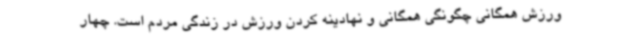
ورزش همگانی چگونگی همگانی و نهادینه کردن ورزش در زندگی مردم است. چهار